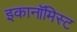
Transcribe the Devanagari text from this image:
इकानॉमिस्ट